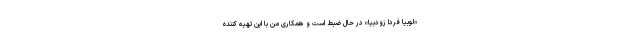
«لوبیا فردا زودبیا» در حال ضبط است و همکاری من با این تهیه کننده